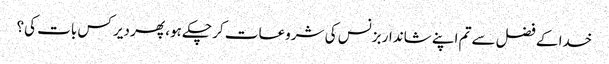
خدا کے فضل سے تم اپنے شاندار بزنس کی شروعات کر چکے ہو، پھر دیر کس بات کی؟